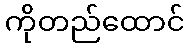
ကိုတည်ထောင်